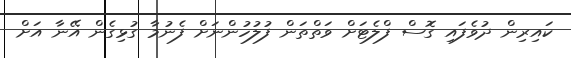
ކައިރިން ދުވެފައި ގޮސް ފްލެޓަށް ވަތްތަން ފުލުހުންނަށް ފެނުމާ ގުޅިގެން އޭނާ އަށް